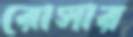
রোসার